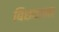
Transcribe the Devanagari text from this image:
बिछवाना